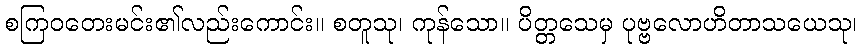
စကြဝတေးမင်း၏လည်းကောင်း။ စတူသု၊ ကုန်သော။ ပိတ္တသေမှ ပုဗ္ဗလောဟိတာသယေသု၊